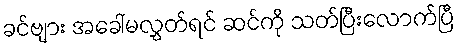
ခင်ဗျား အခေါ်မလွှတ်ရင် ဆင်ကို သတ်ပြီးလောက်ပြီ